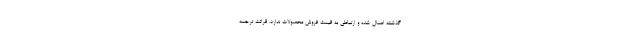
گذشته اعمال شده و ارتباطی به قیمت فروش محصولات ندارد. قرائت ترجمه